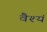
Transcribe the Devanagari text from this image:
वैश्यं